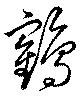
鶴